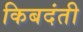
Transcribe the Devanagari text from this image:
किबदंती